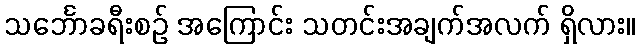
သင်္ဘောခရီးစဉ် အကြောင်း သတင်းအချက်အလက် ရှိလား။